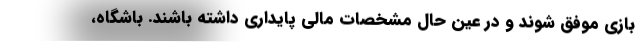
بازی موفق شوند و در عین حال مشخصات مالی پایداری داشته باشند. باشگاه،